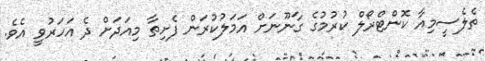
ތެލެސީމިއާ ކޮންޓްރޯލް ކުރުމުގެ ގާނޫނަށް އަމަލުކުރަން ފެށިތާ މިއަދަށް ދެ އަހަރުވީ އެވެ.